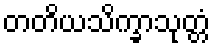
တတိယသိက္ခာသုတ္တံ